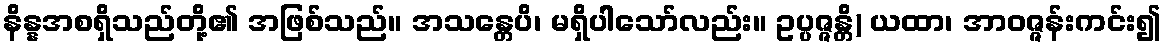
နိန္နအစရှိသည်တို့၏ အဖြစ်သည်။ အသန္တေပိ၊ မရှိပါသော်လည်း။ ဥပ္ပဇ္ဇန္တိ) ယထာ၊ အာဝဇ္ဇန်းကင်း၍